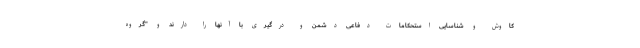
کاوش و شناسایی استحکامات دفاعی دشمن و درگیری با آنها را دارند و "گروه